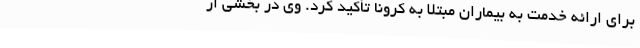
برای ارائه خدمت به بیماران مبتلا به کرونا تأکید کرد. وی در بخشی از